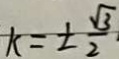
k = \pm \frac { \sqrt { 3 } } { 2 } \cdot